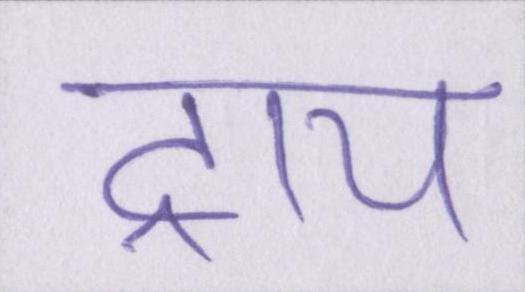
ट्राय